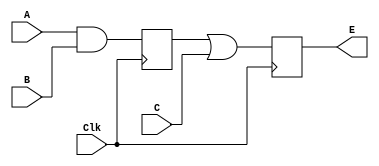
module Multiphasclocks(
    input Clk,
    input A,
    input B,
    input C,
    output E
    );
	  reg E,D;
	  always@(posedge Clk)
			E <= D|C;
	  always@(negedge Clk)
			D <= A&B;
endmodule